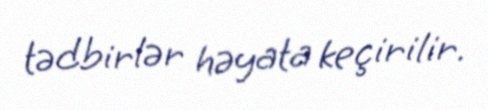
tədbirlər həyata keçirilir.